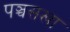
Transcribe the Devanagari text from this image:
पञ्चसखा